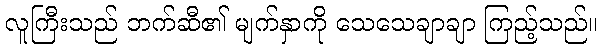
လူကြီးသည် ဘက်ဆီ၏ မျက်နှာကို သေသေချာချာ ကြည့်သည်။